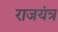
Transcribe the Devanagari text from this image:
राजयंत्र